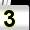
Digit: 3